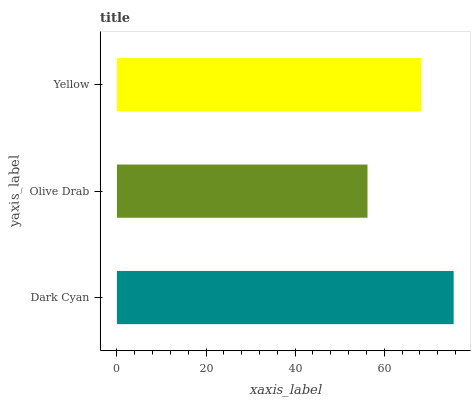
| yaxis_label | bars |
 | --- | --- |
 | Dark Cyan | 75.6 |
 | Olive Drab | 56.2 |
 | Yellow | 68.3 |